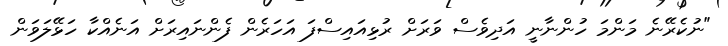
"ނުކެރޭނެ މަންމަ ހުންނާނީ އަދިވެސް ވަރަށް ރުޅިއައިސްފަ އަހަރެން ފެންނައިރަށް އަނެއްކާ ހަޅޭލަވަން